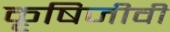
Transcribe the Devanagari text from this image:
कृषिजीवी